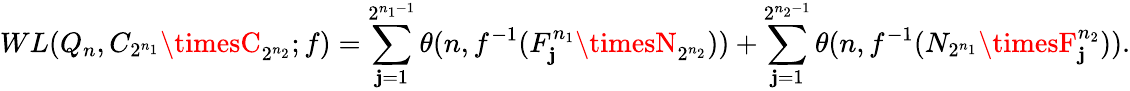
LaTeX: WL(Q_{n},C_{2^{n_{1}}}\timesC_{2^{n_{2}}};f)=\sum_{\mathbf{j}=1}^{2^{n_{1}-1}}\theta(n,f^{-1}(F_{\mathbf{j}}^{n_{1}}\timesN_{2^{n_{2}}}))+\sum_{\mathbf{j}=1}^{2^{n_{2}-1}}\theta(n,f^{-1}(N_{2^{n_{1}}}\timesF_{\mathbf{j}}^{n_{2}})).